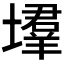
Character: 𡑳